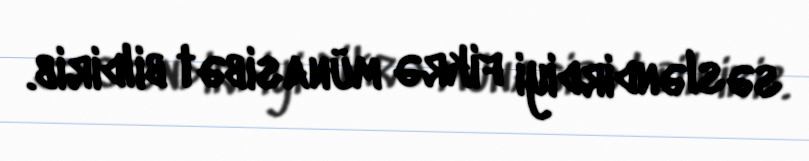
səsləndirdiyi fikrə münasibət bildirib.